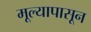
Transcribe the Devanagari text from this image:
मूल्यापासून